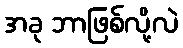
အခု ဘာဖြစ်လို့လဲ